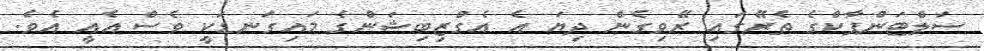
ސަލްޓަންޕާކްގެ ތެރޭގައި ރޭވިގެން ދިޔަ އެ އެގްޒިބިޝަންގެ މައިގަނޑަކީ ވެސް އެއީ އެވެ.